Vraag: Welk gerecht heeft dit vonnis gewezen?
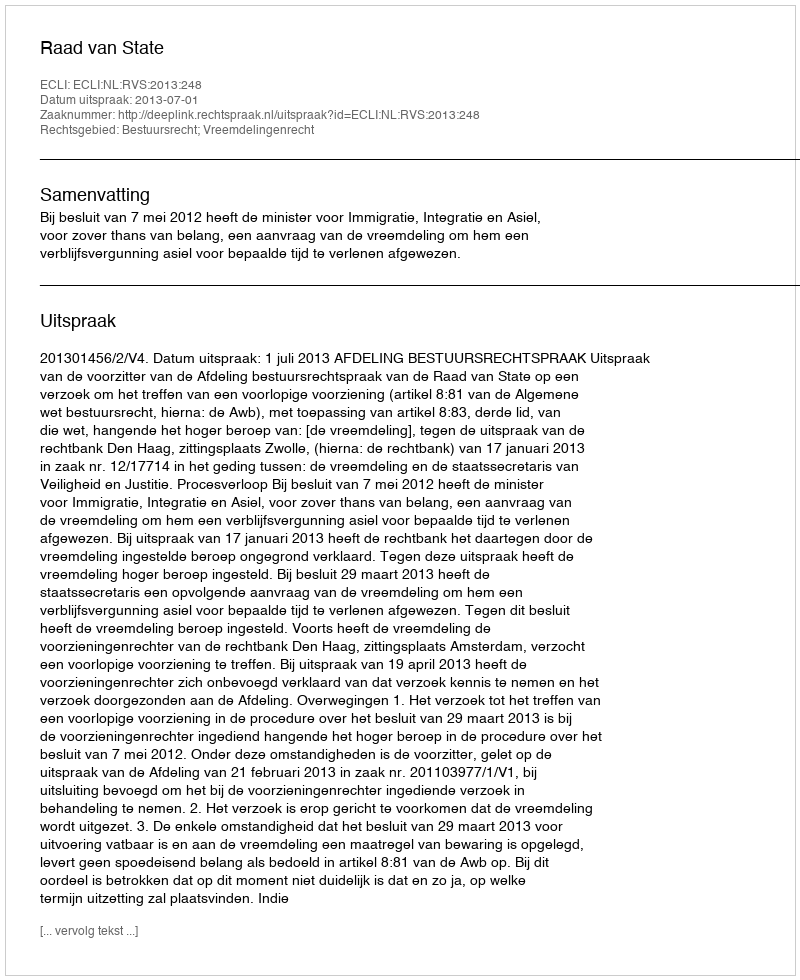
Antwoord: Raad van State